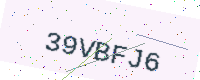
Text: 39VBFJ6